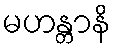
မဟန္တာနိ